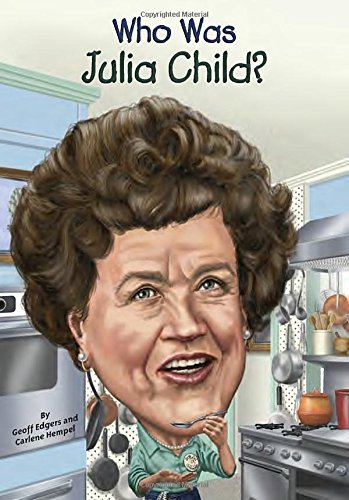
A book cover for Who Was Julia Child?; Geoff Edgers; Children's Books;